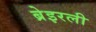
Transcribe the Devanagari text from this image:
ब्रेइरली